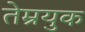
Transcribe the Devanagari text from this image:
तेम्रयुक